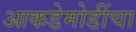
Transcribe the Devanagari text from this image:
आकडेमोडींचा